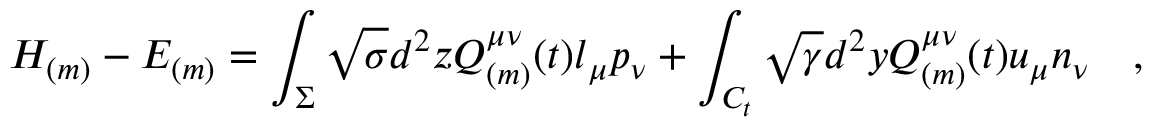
{ \cal H } _ { ( m ) } - { \cal E } _ { ( m ) } = \int _ { \Sigma } \sqrt { \sigma } d ^ { 2 } z Q _ { ( m ) } ^ { \mu \nu } ( t ) l _ { \mu } p _ { \nu } + \int _ { C _ { t } } \sqrt { \gamma } d ^ { 2 } y Q _ { ( m ) } ^ { \mu \nu } ( t ) u _ { \mu } n _ { \nu } ~ ~ ~ ,